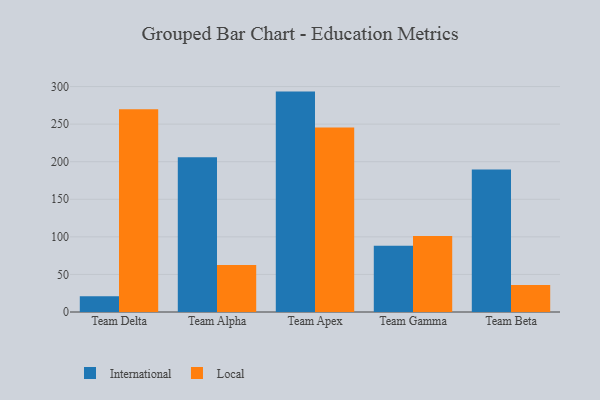
{"axis": {"x": "Team", "y": "Page Views"}, "legend": ["International", "Local"], "data": [{"x": "Team Delta", "y": 21.1, "type": "International"}, {"x": "Team Delta", "y": 269.9, "type": "Local"}, {"x": "Team Alpha", "y": 205.9, "type": "International"}, {"x": "Team Alpha", "y": 62.6, "type": "Local"}, {"x": "Team Apex", "y": 293.3, "type": "International"}, {"x": "Team Apex", "y": 245.4, "type": "Local"}, {"x": "Team Gamma", "y": 88.1, "type": "International"}, {"x": "Team Gamma", "y": 101.0, "type": "Local"}, {"x": "Team Beta", "y": 189.7, "type": "International"}, {"x": "Team Beta", "y": 35.9, "type": "Local"}]}